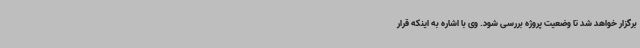
برگزار خواهد شد تا وضعیت پروژه بررسی شود. وی با اشاره به اینکه قرار